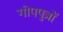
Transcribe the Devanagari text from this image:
गोपपुत्रों